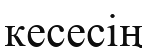
кесесің